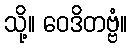
သို့။ ဝေဒိတဗ္ဗံ။